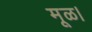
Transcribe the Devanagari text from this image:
मूळ।